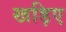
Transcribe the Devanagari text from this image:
खड़िए